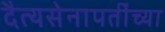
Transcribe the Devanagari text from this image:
दैत्यसेनापतींच्या